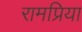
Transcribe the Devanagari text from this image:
रामप्रिया